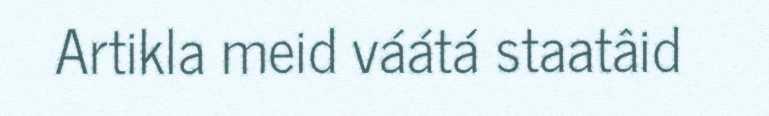
Artikla meid váátá staatâid